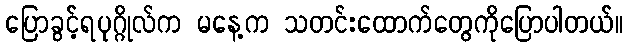
ပြောခွင့်ရပုဂ္ဂိုလ်က မနေ့က သတင်းထောက်တွေကိုပြောပါတယ်။